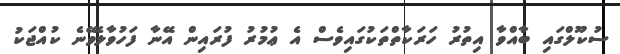
ސުކޫލްގައި ބާއްވާ އިތުރު ހަރަކާތްތަކުގައިވެސް އެ ޢުމުރު ފުރައިން އޭނާ ފަހުވާލެވޭނެ ކުއްޖަކު